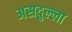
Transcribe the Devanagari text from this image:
असदुल्ला